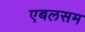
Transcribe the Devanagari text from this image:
एबलसम